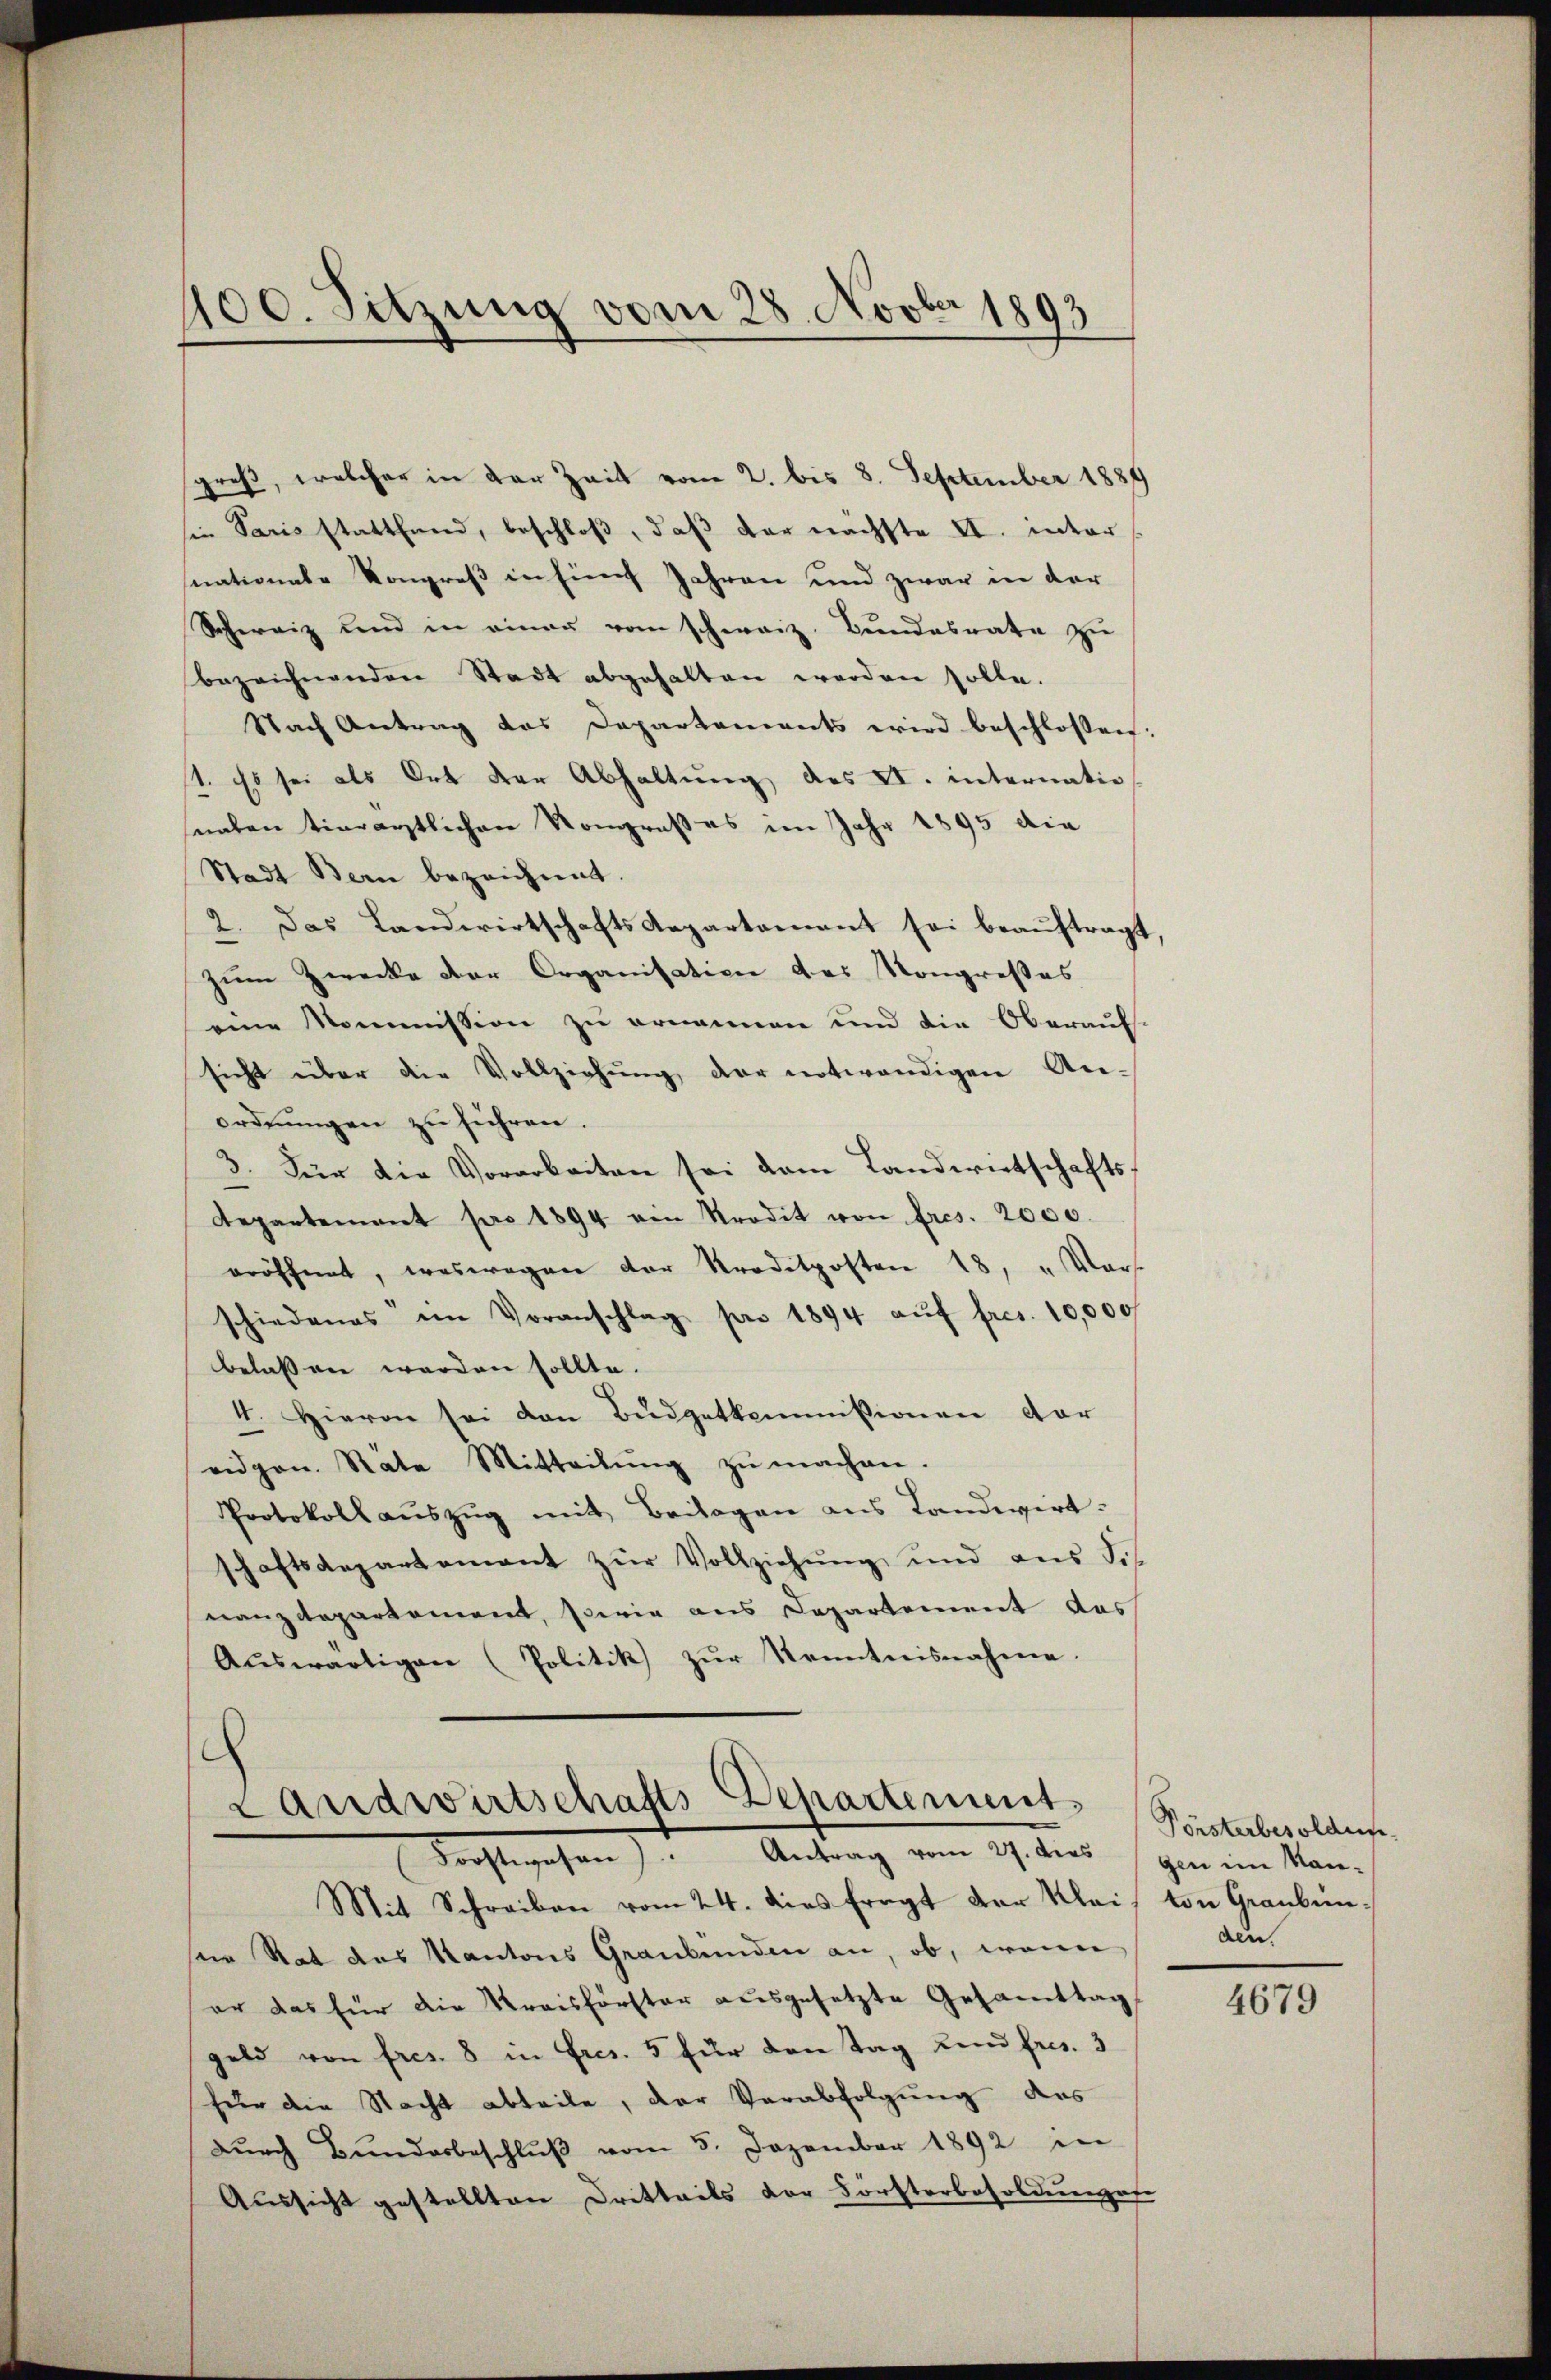
400. Sitzung vom 28. Novber 1893

sgroß, welcher in der Zeit vom 2. bis 8. September 1889
sie Paris stattfand, beschloß, daß der nächste II. inter
nationale Kongreß in hines Jahren und zwar in der
Schweiz und in einer vom schweiz. Bundesrate zu
bezeichnenden Stadt abgehalten worden solle.
Nach Antrag das Departements wird beschlossen:
1. Es sei als Ort der Abhaltung des XI. internatio
naten tierärztlichen Kongroßes im Jahr 1895 die
Stadt Bern bezeichnet.
2. Das Landwirtschafts Repartement sei beauftragt
zum Zwecke der Organisation das Kongreßes
eine Kommission zu ernannen und die Oberauf
sicht über die Vollziehung der notwendigen An-
ordnŭngen zu führen.
3. Für die Vorarbeiten sei dem Landwirtschafts¬
Departement pro 1894 ein Prodit von Fres. 2000.
eröffnet, weswegen der Prodetposten 18, „ Vors
schiedenes im Voranschlag pro 1894 aŭf fres. 10,000
belassen worden sollte.
I. Hievon sei den Budgetkommissionen dar
eidgen. Räte Mitteilŭng zŭ machen.
Protokoll aŭszŭg mit Beilagen ans Landwirt-
schaftsdepartement zŭr Vollziehung und aus des
nanzdepartement, sowie aus Departement das
Aŭswärtigen (Politik zŭr Kenntnisnahme.

c
Landwirtschafts-Departement.
Forstwesen): Antrag vom 27. dies gen im Kan-
Mit Schreiben vom 24. dies Eragt der Klais von Graubün¬

sein Rat des Kantons Graubünden an, ob, wenn
er das für die Kreisförster ausgesetzte Gesamttag
geld von fres. 8 in Fres. 5 für den Tag Landfres. 3
für die Nacht abteile, der Verabfolgung des
Durch Bunderbeschlŭβ vom 5. Dezember 1892 in
Aussicht gestellten Dritteils der Försterbesoldunges

Pörsterbesoldun
den.

4679